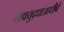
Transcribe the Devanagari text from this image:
महायुद्धाआधीचे